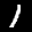
Label: 1